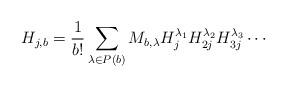
LaTeX: \begin{gather*} H_{j,b}=\frac{1}{b!}\sum_{\lambda \in P(b)}M_{b,\lambda } H_j^{\lambda _1}H_{2j}^{\lambda _2}H_{3j}^{\lambda _3}\cdots\end{gather*}